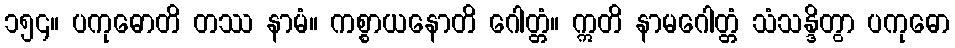
၁၅၄။ ပကုဓောတိ တဿ နာမံ။ ကစ္စာယနောတိ ဂေါတ္တံ။ ဣတိ နာမဂေါတ္တံ သံသန္ဒိတွာ ပကုဓော